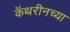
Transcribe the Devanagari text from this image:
कॅथरीनच्या